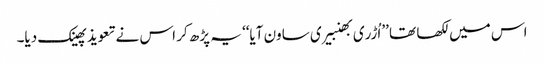
اس میں لکھا تھا ’’اُڑری بھنبیری ساون آیا‘‘ یہ پڑھ کر اس نے تعویذ پھینک دیا۔